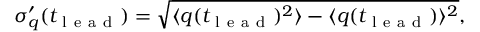
\sigma _ { q } ^ { \prime } ( t _ { \mathrm { ~ l ~ e ~ a ~ d ~ } } ) = \sqrt { \langle q ( t _ { \mathrm { ~ l ~ e ~ a ~ d ~ } } ) ^ { 2 } \rangle - \langle q ( t _ { \mathrm { ~ l ~ e ~ a ~ d ~ } } ) \rangle ^ { 2 } } ,